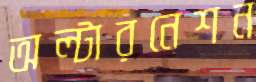
অল্টারনেশন